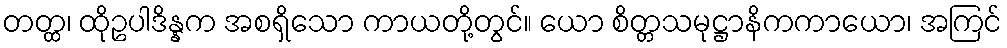
တတ္ထ၊ ထိုဥပါဒိန္နက အစရှိသော ကာယတို့တွင်။ ယော စိတ္တသမုဋ္ဌာနိကကာယော၊ အကြင်